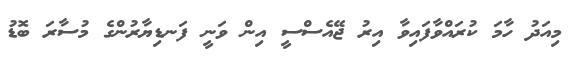
މިއަދު ހާމަ ކުރައްވާފައިވާ އިރު ޖޭއެސްސީ އިން ވަނީ ފަނޑިޔާރުންގެ މުސާރަ ބޮޑު